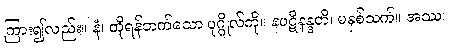
ကြား၍လည်း။ နံ၊ ထိုရန်ဘက်သော ပုဂ္ဂိုလ်ကို။ နပဋိနန္ဒတိ၊ မနှစ်သက်။ အဿ၊